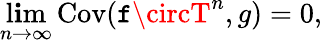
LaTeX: \operatorname*{l\mathbf{i}m}_{n\to\infty}\operatorname{Cov}(\mathtt{f}\circT^{n},g)=0,